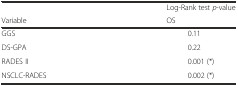
<table><thead><tr><td></td><td><b>Log-Rank test <i>p</i>-value</b></td></tr><tr><td><b>Variable</b></td><td><b>OS</b></td></tr></thead><tbody><tr><td>GGS</td><td>0.11</td></tr><tr><td>DS-GPA</td><td>0.22</td></tr><tr><td>RADES II</td><td>0.001 (*) </td></tr><tr><td>NSCLC-RADES</td><td>0.002 (*) </td></tr></tbody></table>